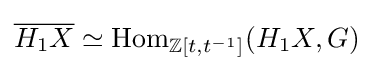
{\overline {H_{1}X}}\simeq \mathrm {Hom} _{\mathbb {Z} [t,t^{-1}]}(H_{1}X,G)